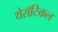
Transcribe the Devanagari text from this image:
थेरॉटिकल